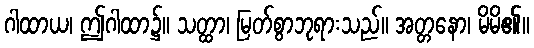
ဂါထာယ၊ ဤဂါထာ၌။ သတ္ထာ၊ မြတ်စွာဘုရားသည်။ အတ္တနော၊ မိမိ၏။